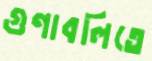
গুণাবলিতে